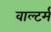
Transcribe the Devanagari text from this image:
वाल्टर्म